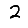
Digit: 2